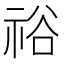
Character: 𥙿